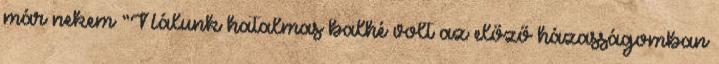
már nekem “Nálunk hatalmas balhé volt az előző házasságomban